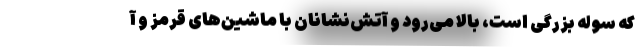
که سوله بزرگی است، بالا می‌رود و آتش‌نشانان با ماشین‌های قرمز و آ